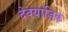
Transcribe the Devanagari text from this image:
देवयाज्ञिक